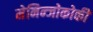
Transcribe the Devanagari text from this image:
मेनिन्जोकोकी